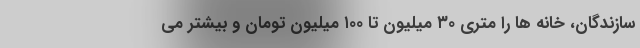
سازندگان، خانه ها را متری ۳۰ میلیون تا ۱۰۰ میلیون تومان و بیشتر می